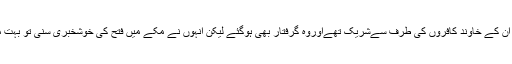
جنگ بدر میں ان کے خاوند کافروں کی طرف سےشریک تھےاوروہ گرفتار بھی ہوگئے لیکن انہوں نے مکے میں فتح کی خوشخبری سنی تو بہت مسرور ہوئیں ۔